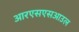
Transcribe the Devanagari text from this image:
आरएसएसआउल